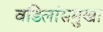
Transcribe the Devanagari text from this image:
वडिलांसमुखा